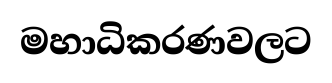
මහාධිකරණවලට